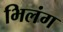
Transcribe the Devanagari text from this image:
भिलंग